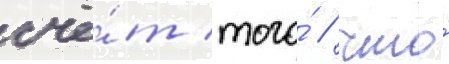
счё́т того́ / что́